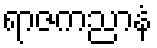
ရာဇကညာနံ